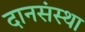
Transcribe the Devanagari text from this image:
दानसंस्था